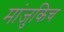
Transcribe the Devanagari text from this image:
मांजुकिच